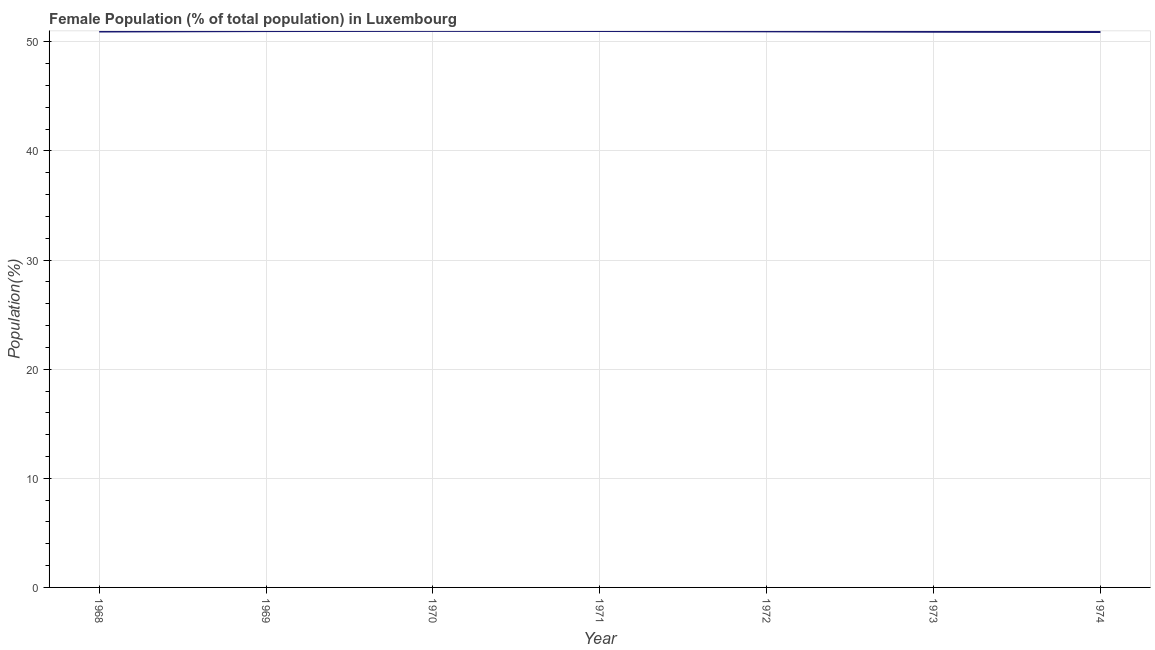
| Year | Female |
 | --- | --- |
 | 1968 | 50.9 |
 | 1969 | 51 |
 | 1970 | 51 |
 | 1971 | 51 |
 | 1972 | 51 |
 | 1973 | 50.9 |
 | 1974 | 50.9 |